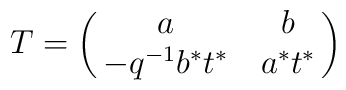
T=\pmatrix{a&b\cr -q\sp{-1}b\sp*t\sp* & a\sp*t\sp*}\,